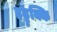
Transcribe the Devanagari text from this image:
इड्डुक्कि